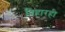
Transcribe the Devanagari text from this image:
विहारही